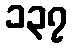
၁၃၇